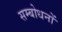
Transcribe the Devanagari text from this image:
सम्बोधनों